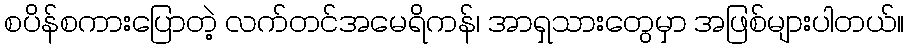
စပိန်စကားပြောတဲ့ လက်တင်အမေရိကန်၊ အာရှသားတွေမှာ အဖြစ်များပါတယ်။